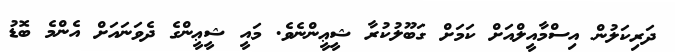
ދަރިކަލުން އިސްމާއީލްއަށް ކަމަށް ގަބޫލުކުރާ ޝީޢީންނެވެ. މައީ ޝީޢީންގެ ދެވަނައަށް އެންމެ ބޮޑު